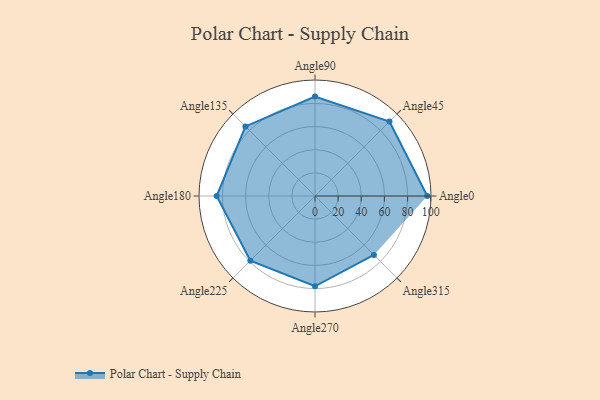
{"axis": {"x": "Angle", "y": "Radius"}, "legend": [""], "data": [{"x": "Angle0", "y": 97.0, "type": ""}, {"x": "Angle45", "y": 91.0, "type": ""}, {"x": "Angle90", "y": 86.0, "type": ""}, {"x": "Angle135", "y": 85.0, "type": ""}, {"x": "Angle180", "y": 85.0, "type": ""}, {"x": "Angle225", "y": 79.0, "type": ""}, {"x": "Angle270", "y": 78.0, "type": ""}, {"x": "Angle315", "y": 72.0, "type": ""}]}